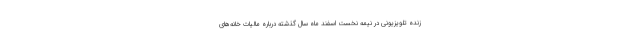
زنده تلویزیونی در نیمه نخست اسفند ماه سال گذشته درباره مالیات خانه‌های